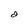
Character: d